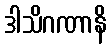
ဒါသိဂဏာနိ